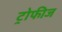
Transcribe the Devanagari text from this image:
ट्रोफीज